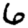
Digit: 6